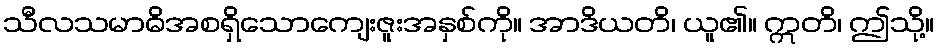
သီလသမာဓိအစရှိသောကျေးဇူးအနှစ်ကို။ အာဒိယတိ၊ ယူ၏။ ဣတိ၊ ဤသို့။